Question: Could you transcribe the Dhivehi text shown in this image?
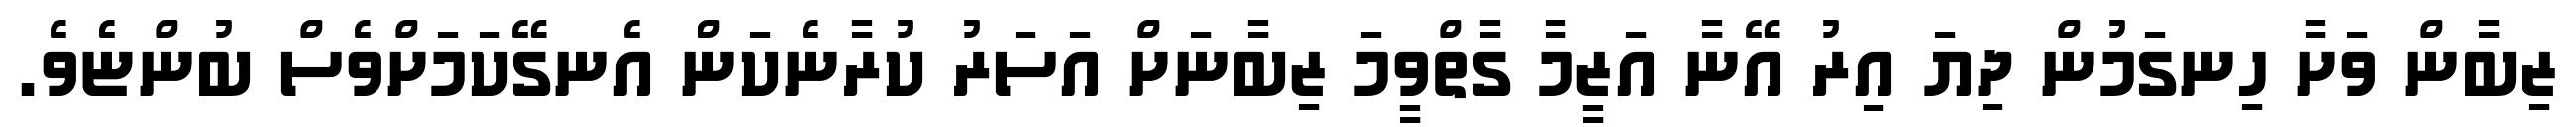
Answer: ޒިބާން ވަށާ ހިނގަމުން ދިޔަ އިރު އޭނާ އަޒީމާ ގާތްވީމަ ޒިބާނަށް އަސަރު ކުރާނެކަން އެނގޭކަމަށްވެސް ބުންޏެވެ.